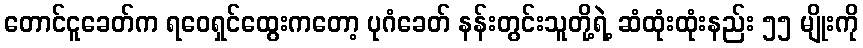
တောင်ငူခေတ်က ရဝေရှင်ထွေးကတော့ ပုဂံခေတ် နန်းတွင်းသူတို့ရဲ့ ဆံထုံးထုံးနည်း ၅၅ မျိုးကို